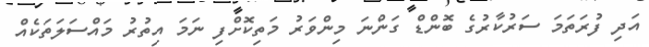
އަދި ފުރަތަމަ ސަރުކާރުގެ ބޮންޑް ގަންނަ މިންވަރު މަތިކޮށްފި ނަމަ އިތުރު މައްސަލަތަކެއް